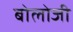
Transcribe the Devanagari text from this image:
बोलोजी